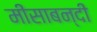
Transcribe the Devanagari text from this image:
मीसाबन्दी